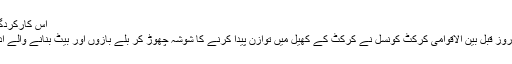
اس کارکردگی کے ساتھ ملبورن میں…
عالمی کپ سے محض چند روز قبل بین الاقوامی کرکٹ کونسل نے کرکٹ کے کھیل میں توازن پیدا کرنے کا شوشہ چھوڑ کر بلے بازوں اور بیٹ بنانے والے اداروں کو پریشان کردیا ہے۔